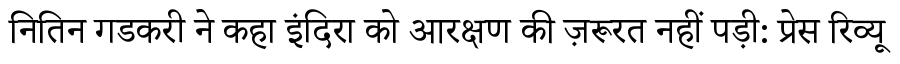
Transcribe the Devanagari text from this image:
नितिन गडकरी ने कहा इंदिरा को आरक्षण की ज़रूरत नहीं पड़ी: प्रेस रिव्यू